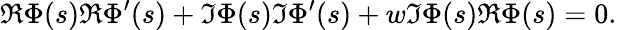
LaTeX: \Re\Phi(s)\Re\Phi^{\prime}(s)+\Im\Phi(s)\Im\Phi^{\prime}(s)+w\Im\Phi(s)\Re\Phi(s)=0.